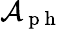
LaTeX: \mathcal{A}_{\mathrm{~p~h~}}